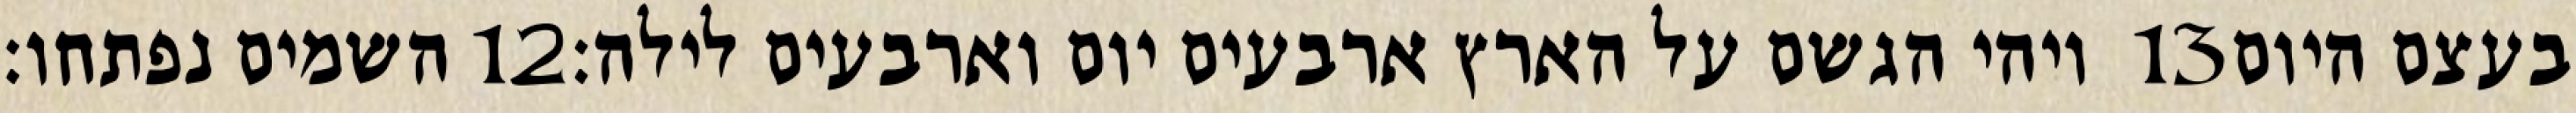
השמים נפתחו׃ ‎12‏ ויהי הגשם על הארץ ארבעים יום וארבעים לילה׃ ‎13‏ בעצם היום